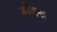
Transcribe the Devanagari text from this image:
डाँटना